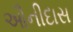
ઔનીદાસ